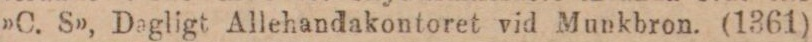
»C. S», Dagligt Allehandakontoret vid Munkbron. (1361)